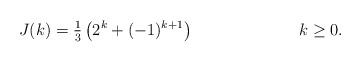
LaTeX: \begin{align*} J(k)&=\tfrac{1}{3} \left(2^{k} +(-1)^{k+1}\right) & k\geq 0.\end{align*}